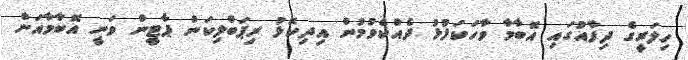
ހިލަރީގެ ދިފާއުގައި އޮބާމާ ވާހަކަފުޅު ދެއްކެވުމުން އިދިކޮޅު ރިޕަބްލިކަން ޕާޓީން ވަނީ އޮބާމާއަށް